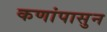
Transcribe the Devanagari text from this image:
कणांपासुन